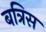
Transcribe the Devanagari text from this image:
बत्रिस